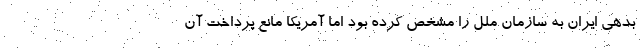
بدهی ایران به سازمان ملل را مشخص کرده بود اما آمریکا مانع پرداخت آن